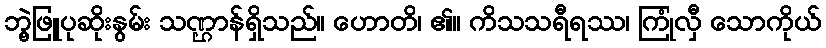
ဘွဲ့ဖြူပုဆိုးနွမ်း သဏ္ဌာန်ရှိသည်။ ဟောတိ၊ ၏။ ကိသသရီရဿ၊ ကြုံလှီ သောကိုယ်